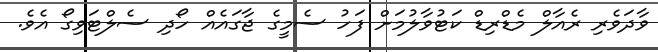
ވާދަވެރި ރެއާލް މެޑްރިޑް ކަޓުވާލުމަށް ފަހު ސެމީގެ ޖާގައެއް ހޯދި ސެލްޓަވިގޯ އެވެ.